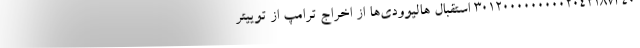
30120000000002042187340 استقبال هالیوودی‌ها از اخراج ترامپ از توییتر